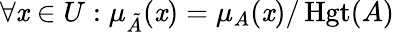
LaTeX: \forall\mathit{x}\in{U}:\mu_{\tilde{{A}}}(\mathit{x})=\mu_{A}(\mathit{x})/\operatorname{Hgt}(A)